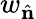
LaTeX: w_{\hat{\mathbf{n}}}